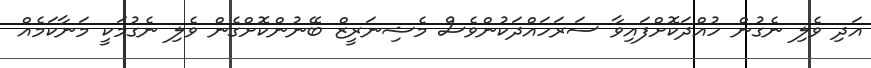
އަދި ވެލި ނެގުން ހުއްދަކޮށްފައިވާ ސަރަހައްދަކުންވެސް މެޝިނަރީޒް ބޭނުންކޮށްގެން ވެލި ނެގުމަކީ މަނާކަމެއް